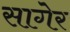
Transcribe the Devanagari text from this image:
सागेर